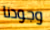
وجودنا